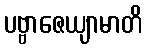
ပဗ္ဗာဇေယျာမာတိ